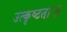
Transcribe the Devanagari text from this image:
उत्कृष्टता॥